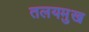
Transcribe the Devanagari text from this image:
तलयमुख